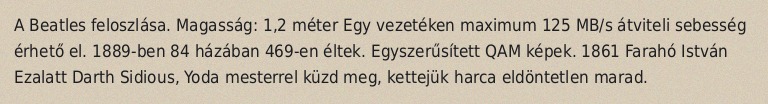
A Beatles feloszlása. Magasság: 1,2 méter Egy vezetéken maximum 125 MB/s átviteli sebesség érhető el. 1889-ben 84 házában 469-en éltek. Egyszerűsített QAM képek. 1861 Farahó István Ezalatt Darth Sidious, Yoda mesterrel küzd meg, kettejük harca eldöntetlen marad.